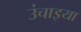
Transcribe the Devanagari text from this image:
उंचाइया